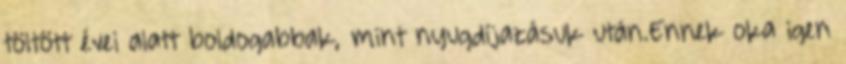
töltött évei alatt boldogabbak, mint nyugdíjazásuk után.Ennek oka igen